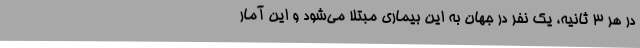
در هر 3 ثانیه، یک نفر در جهان به این بیماری مبتلا می‌شود و این آمار